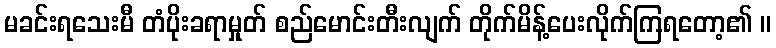
မခင်းရသေးမီ တံပိုးခရာမှုတ် စည်မောင်းတီးလျက် တိုက်မိန့်ပေးလိုက်ကြရတော့၏ ။